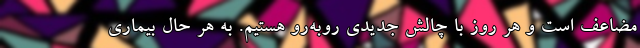
مضاعف است و هر روز با چالش جدیدی روبه‌رو هستیم. به هر حال بیماری